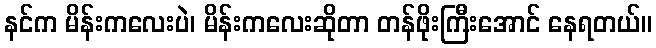
နင်က မိန်းကလေးပဲ၊ မိန်းကလေးဆိုတာ တန်ဖိုးကြီးအောင် နေရတယ်။